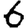
Digit: 6